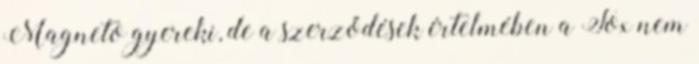
Magneto gyereki, de a szerződések értelmében a Fox nem